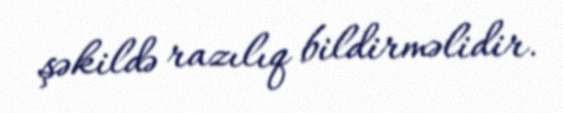
şəkildə razılıq bildirməlidir.